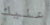
عليك